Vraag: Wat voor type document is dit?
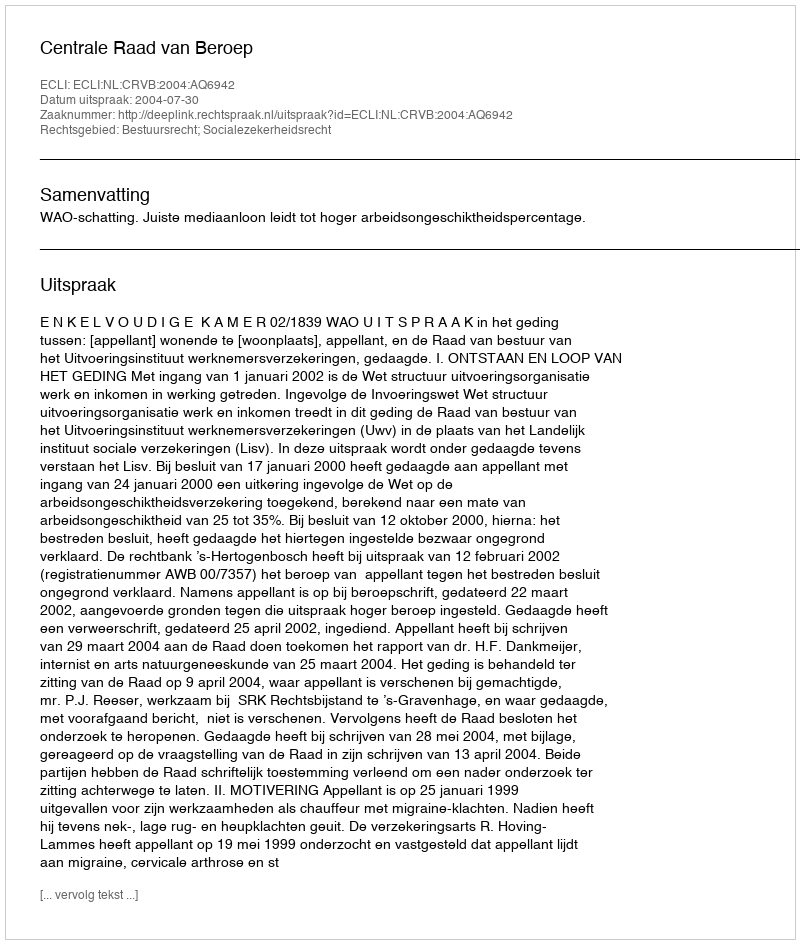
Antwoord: Uitspraak